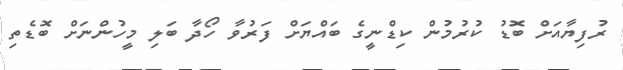
ރުފިޔާއަށް ބޮޑު ކުރުމުން ކިޑްނީގެ ބައްޔަށް ފަރުވާ ހޯދާ ބަލި މީހުންނަށް ބޮޑެތި